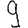
Digit: 9